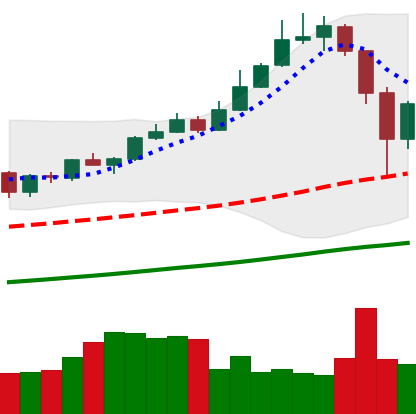
Ticker: XMR-USD
Chart end date: 2019-06-28
Forward return: -11.453%
Label: down_7plus